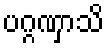
ပဂ္ဂဏှာသိ